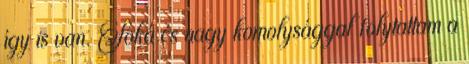
így is van. Soká és nagy komolysággal folytattam a